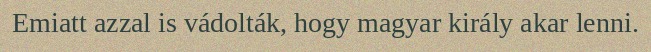
Emiatt azzal is vádolták, hogy magyar király akar lenni.